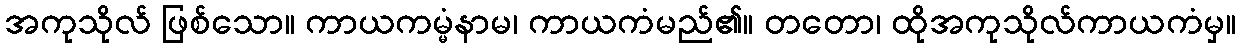
အကုသိုလ် ဖြစ်သော။ ကာယကမ္မံနာမ၊ ကာယကံမည်၏။ တတော၊ ထိုအကုသိုလ်ကာယကံမှ။